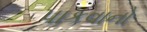
પાકવાનો